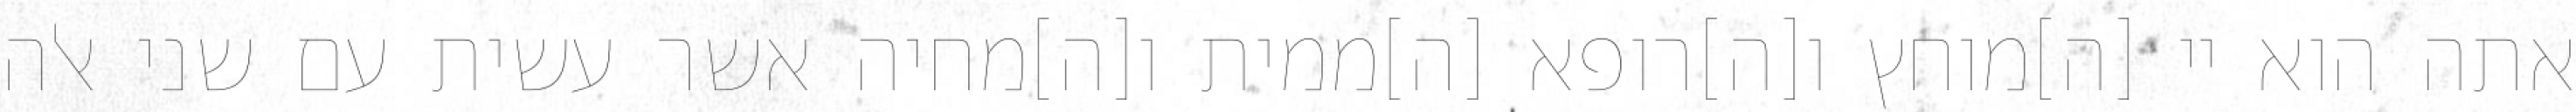
אתה הוא יי [ה]מוחץ ו[ה]רופא [ה]ממית ו[ה]מחיה אשר עשית עם שני אלה